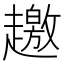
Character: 𧾐